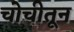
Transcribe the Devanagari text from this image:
चोचीतून